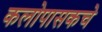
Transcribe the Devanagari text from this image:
कलोपासकचे